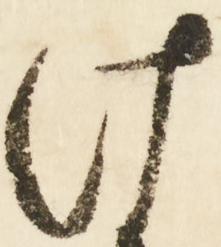
け